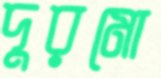
দুরমো